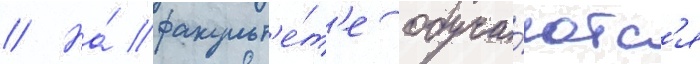
// На́ факульт'е́т'е обуча́ютс'я